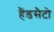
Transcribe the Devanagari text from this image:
हैंडसैटो